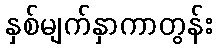
နှစ်မျက်နှာကာတွန်း